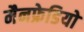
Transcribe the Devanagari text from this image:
मैनफ्रेडियो